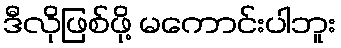
ဒီလိုဖြစ်ဖို့ မကောင်းပါဘူး